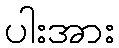
ပါးအား